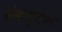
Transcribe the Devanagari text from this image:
संकल्पनां